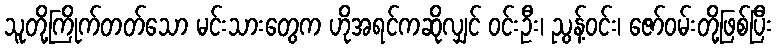
သူတို့ကြိုက်တတ်သော မင်းသားတွေက ဟိုအရင်ကဆိုလျှင် ဝင်းဦး၊ ညွန့်ဝင်း၊ ဇော်ဝမ်းတို့ဖြစ်ပြီး